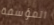
المؤسفة